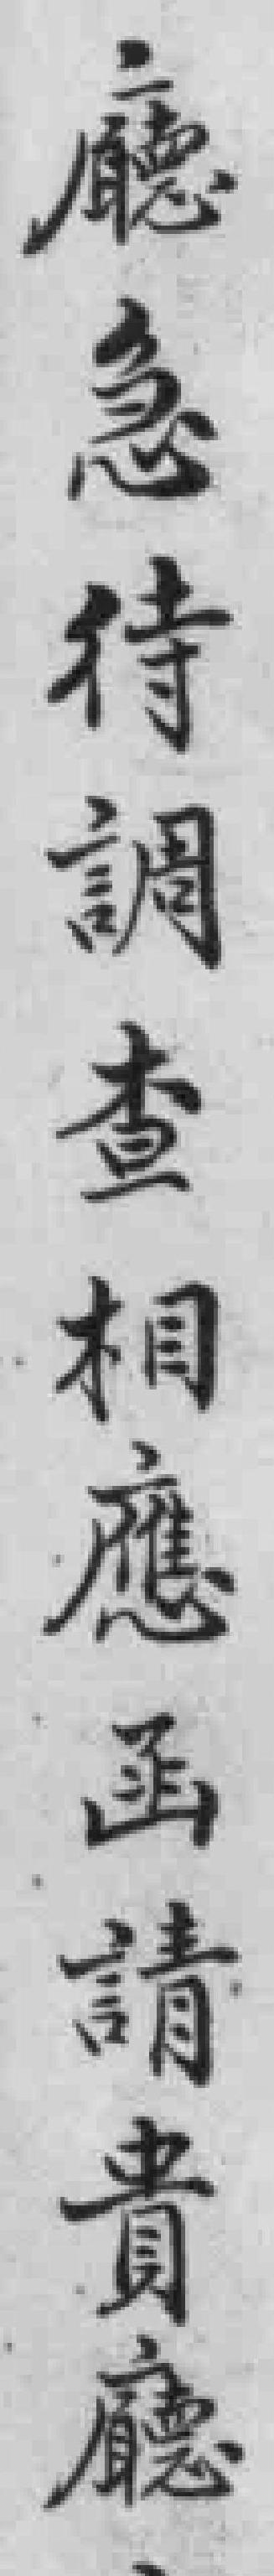
廳急待調查相應函請貴廳